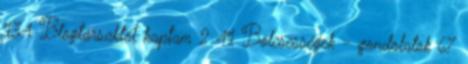
134 Blogtársaktól kaptam 2 41 Bölcsességek - gondolatok 67